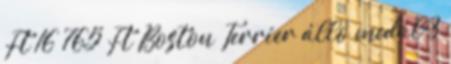
Ft 16 765 Ft Boston Terrier álló medál 3